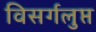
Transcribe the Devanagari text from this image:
विसर्गलुप्त